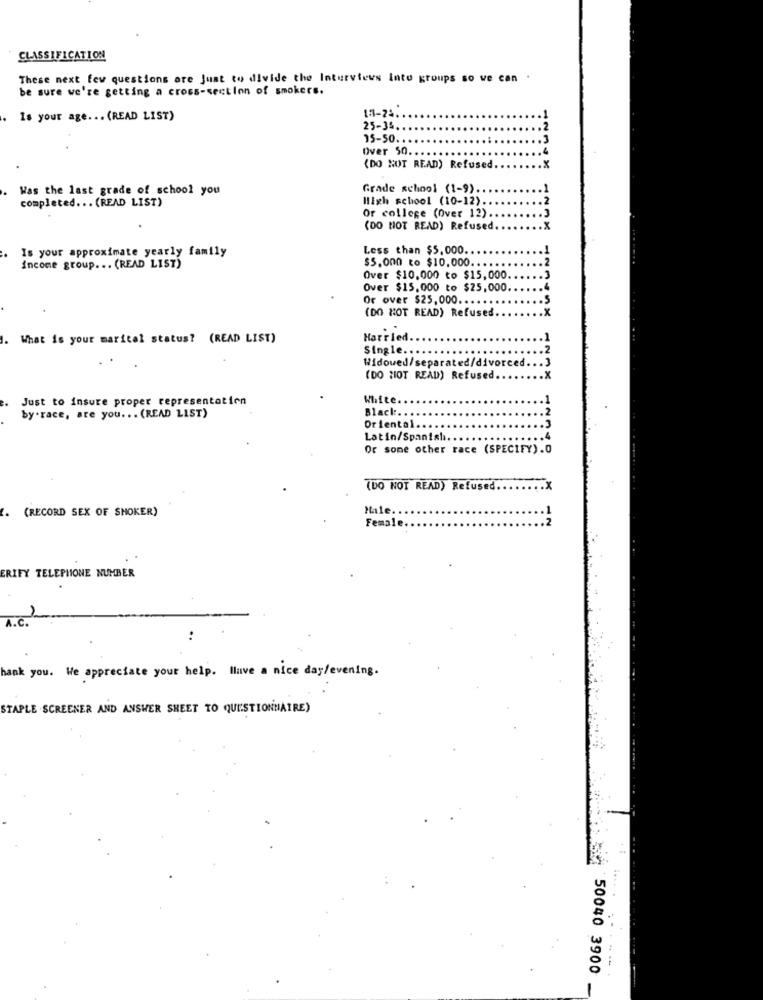
CLASSIFICATION
These next few questions are Just to divide the Interviews Into groups so we can
be sure we're getting a cross-section of smokers.
18-24.
Is your age ... (READ LIST)
25-34
15-50 ..
Over 50 ..
.4
(DO NOT READ) Refused
.x
Was the last grade of school you
Grade school (1-9)
.1
High school (10-12).
. 2
completed ... (READ LIST)
.J
Or college (Over 12).
(DO NOT READ) Refused
.X
Less than $5,000.
Is your approximate yearly family
$5.000 to $10,000 ...
Income group. .. (READ LIST)
Over $10,000 to $15,000
Over $15,000 to $25,000
Or over $25,000 ....
(DO NOT READ) Refused.
115X
1. What is your marital status? (READ LIST)
Married
Single ...
Widowed/separated/divorced ..
(DO NOT READ) Refused.
Just to insure proper representation
White
Black.
by .race, are you .. . (READ LIST)
Oriental
Latin/Spanis
Or some other race (SPECIFY).O
(DO NOT READ) Refused ....
. (RECORD SEX OF SMOKER)
Male.
Female.
ERIFY TELEPHONE NUMBER
1
A.C.
:
hank you. We appreciate your help. llave a nice day/evening.
STAPLE SCREENER AND ANSWER SHEET TO QUESTIONNAIRE)
50040 3900